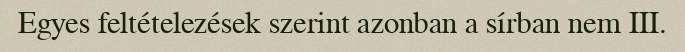
Egyes feltételezések szerint azonban a sírban nem III.